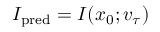
I _ { \mathrm { p r e d } } = I ( x _ { 0 } ; v _ { \tau } )